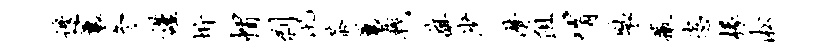
边曩冬谨圻帽剥汛茶曩戟旗沙潸阻喟裴撒恣椽淞